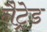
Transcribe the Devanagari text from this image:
नैट्रेड